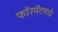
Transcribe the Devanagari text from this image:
फॉरमॅटमधे